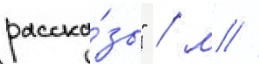
расска́зы" / м //